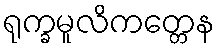
ရုက္ခမူလိကတ္တေန